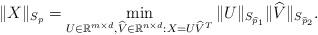
LaTeX: \begin{align*}\|X\|_{S_{p}}=\min_{U\in\mathbb{R}^{m\times d},\widehat{V}\in\mathbb{R}^{n\times d}:X=U\widehat{V}^{T}}\|U\|_{S_{\widehat{p}_{1}}}\|\widehat{V}\|_{S_{\widehat{p}_{2}}}.\end{align*}